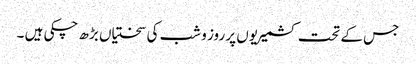
جس کے تحت کشمیریوں پر روز و شب کی سختیاں بڑھ چکی ہیں ۔